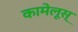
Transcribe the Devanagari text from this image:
कामेलूस्